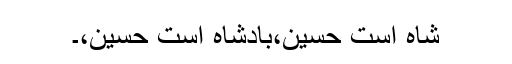
شاہ است حسین،بادشاہ است حسینؑ،۔